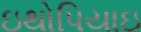
ઇથોપિયાઇ